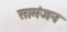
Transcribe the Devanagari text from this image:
सामंजन